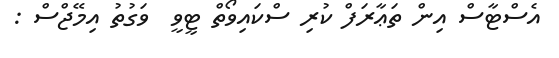
އެސްޓާސް އިން ތަޢާރަފް ކުރި ސްކައިވޯތް ޓީވީ  ވަގުތު އިމޭޖްސް :